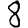
Digit: 8